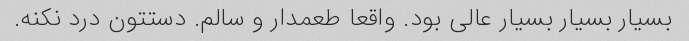
بسیار بسیار بسیار عالی بود. واقعا طعمدار و سالم. دستتون درد نکنه.